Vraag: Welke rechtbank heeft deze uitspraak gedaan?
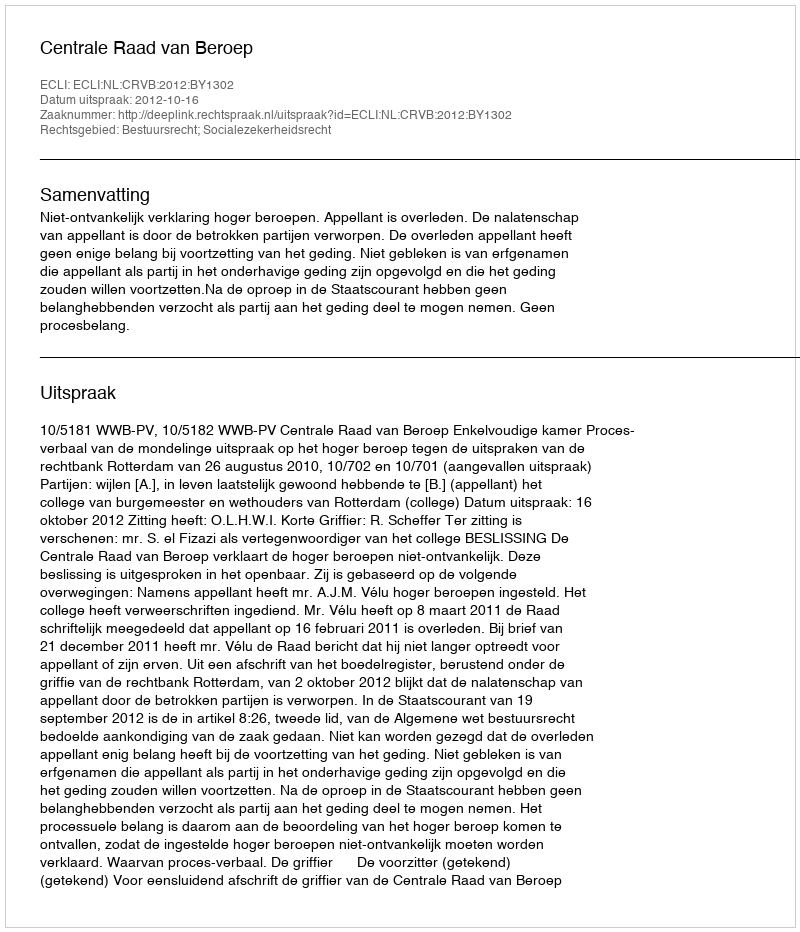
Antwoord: Centrale Raad van Beroep